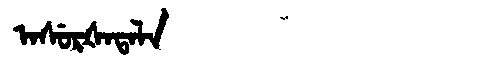
Manchu: ᠠᠰᡠᡵᡧᠠᡨᠠᠯᠠ
Romanization: ASURŠATALA